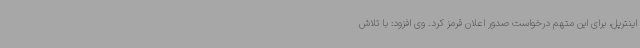
اینترپل، برای این متهم درخواست صدور اعلان قرمز کرد. وی افزود: با تلاش